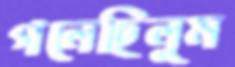
গলেছিলুম